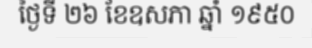
ថ្ងៃទី ២៦ ខែឧសភា ឆ្នាំ ១៩៥០